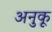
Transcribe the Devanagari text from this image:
अनुकू